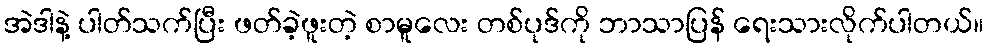
အဲဒါနဲ့ ပါတ်သက်ပြီး ဖတ်ခဲ့ဖူးတဲ့ စာမူလေး တစ်ပုဒ်ကို ဘာသာပြန် ရေးသားလိုက်ပါတယ်။